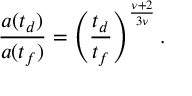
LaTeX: \frac { a ( t _ { d } ) } { a ( t _ { f } ) } = \left( \frac { t _ { d } } { t _ { f } } \right) ^ { \frac { \nu + 2 } { 3 \nu } } .